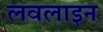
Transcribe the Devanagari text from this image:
लवलाइन